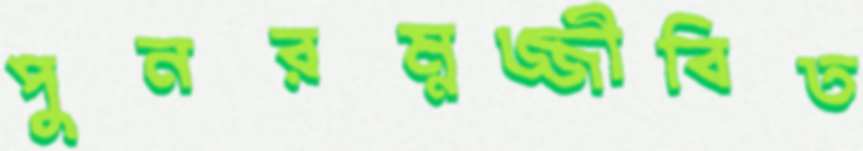
পুনরম্নজ্জীবিত